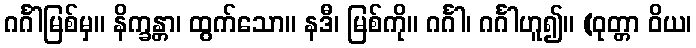
ဂင်္ဂါမြစ်မှ။ နိက္ခန္တာ၊ ထွက်သော။ နဒီ၊ မြစ်ကို။ ဂင်္ဂါ၊ ဂင်္ဂါဟူ၍။ (ဝုတ္တာ ဝိယ၊